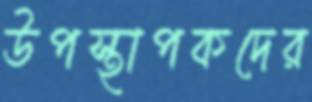
উপস্থাপকদের